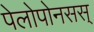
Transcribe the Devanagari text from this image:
पेलोपोनसस्‌